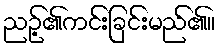
ညဉ့်၏ကင်းခြင်းမည်၏။